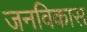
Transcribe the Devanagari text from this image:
जनविकास